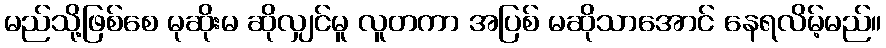
မည်သို့ဖြစ်စေ မုဆိုးမ ဆိုလျှင်မူ လူတကာ အပြစ် မဆိုသာအောင် နေရလိမ့်မည်။